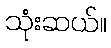
သုံးဆယ်။